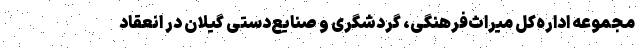
مجموعه اداره‌کل میراث‌فرهنگی، گردشگری و صنایع‌دستی گیلان در انعقاد